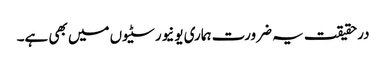
درحقیقت یہ ضرورت ہماری یونیورسٹیوں میں بھی ہے۔